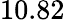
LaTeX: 10.82